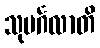
သုမင်္ဂလာတိ